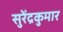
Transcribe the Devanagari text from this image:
सुरेंद्रकुमार